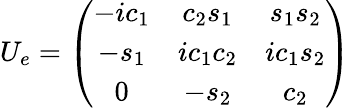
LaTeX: U_{e}=\left(\begin{array}{ccc}{{-ic_{1}}}&{{c_{2}s_{1}}}&{{s_{1}s_{2}}}\\ {{-s_{1}}}&{{ic_{1}c_{2}}}&{{ic_{1}s_{2}}}\\ {{0}}&{{-s_{2}}}&{{c_{2}}}\end{array}\right)